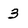
Character: 3